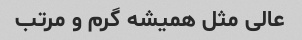
عالی مثل همیشه گرم و مرتب